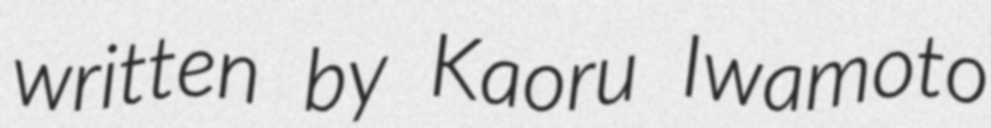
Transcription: written by Kaoru Iwamoto